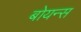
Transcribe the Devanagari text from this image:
बोयन्स